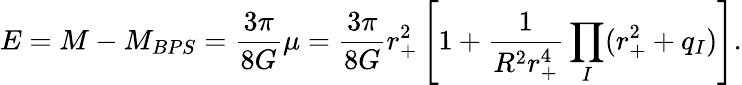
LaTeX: E=M-M_{BPS}=\frac{3\pi}{8G}\mu=\frac{3\pi}{8G}r_{+}^{2}\left[1+\frac{1}{R^{2}r_{+}^{4}}\prod_{I}(r_{+}^{2}+q_{I})\right].